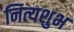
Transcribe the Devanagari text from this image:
नित्यशुभ